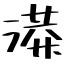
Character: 𫞙